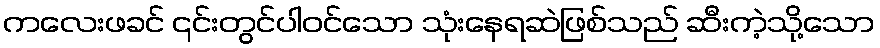
ကလေးဖခင် ၎င်းတွင်ပါဝင်သော သုံးနေရဆဲဖြစ်သည် ဆီးကဲ့သို့သော